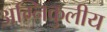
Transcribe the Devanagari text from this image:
अग्निकुलीय